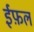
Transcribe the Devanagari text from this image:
ईफ़ल